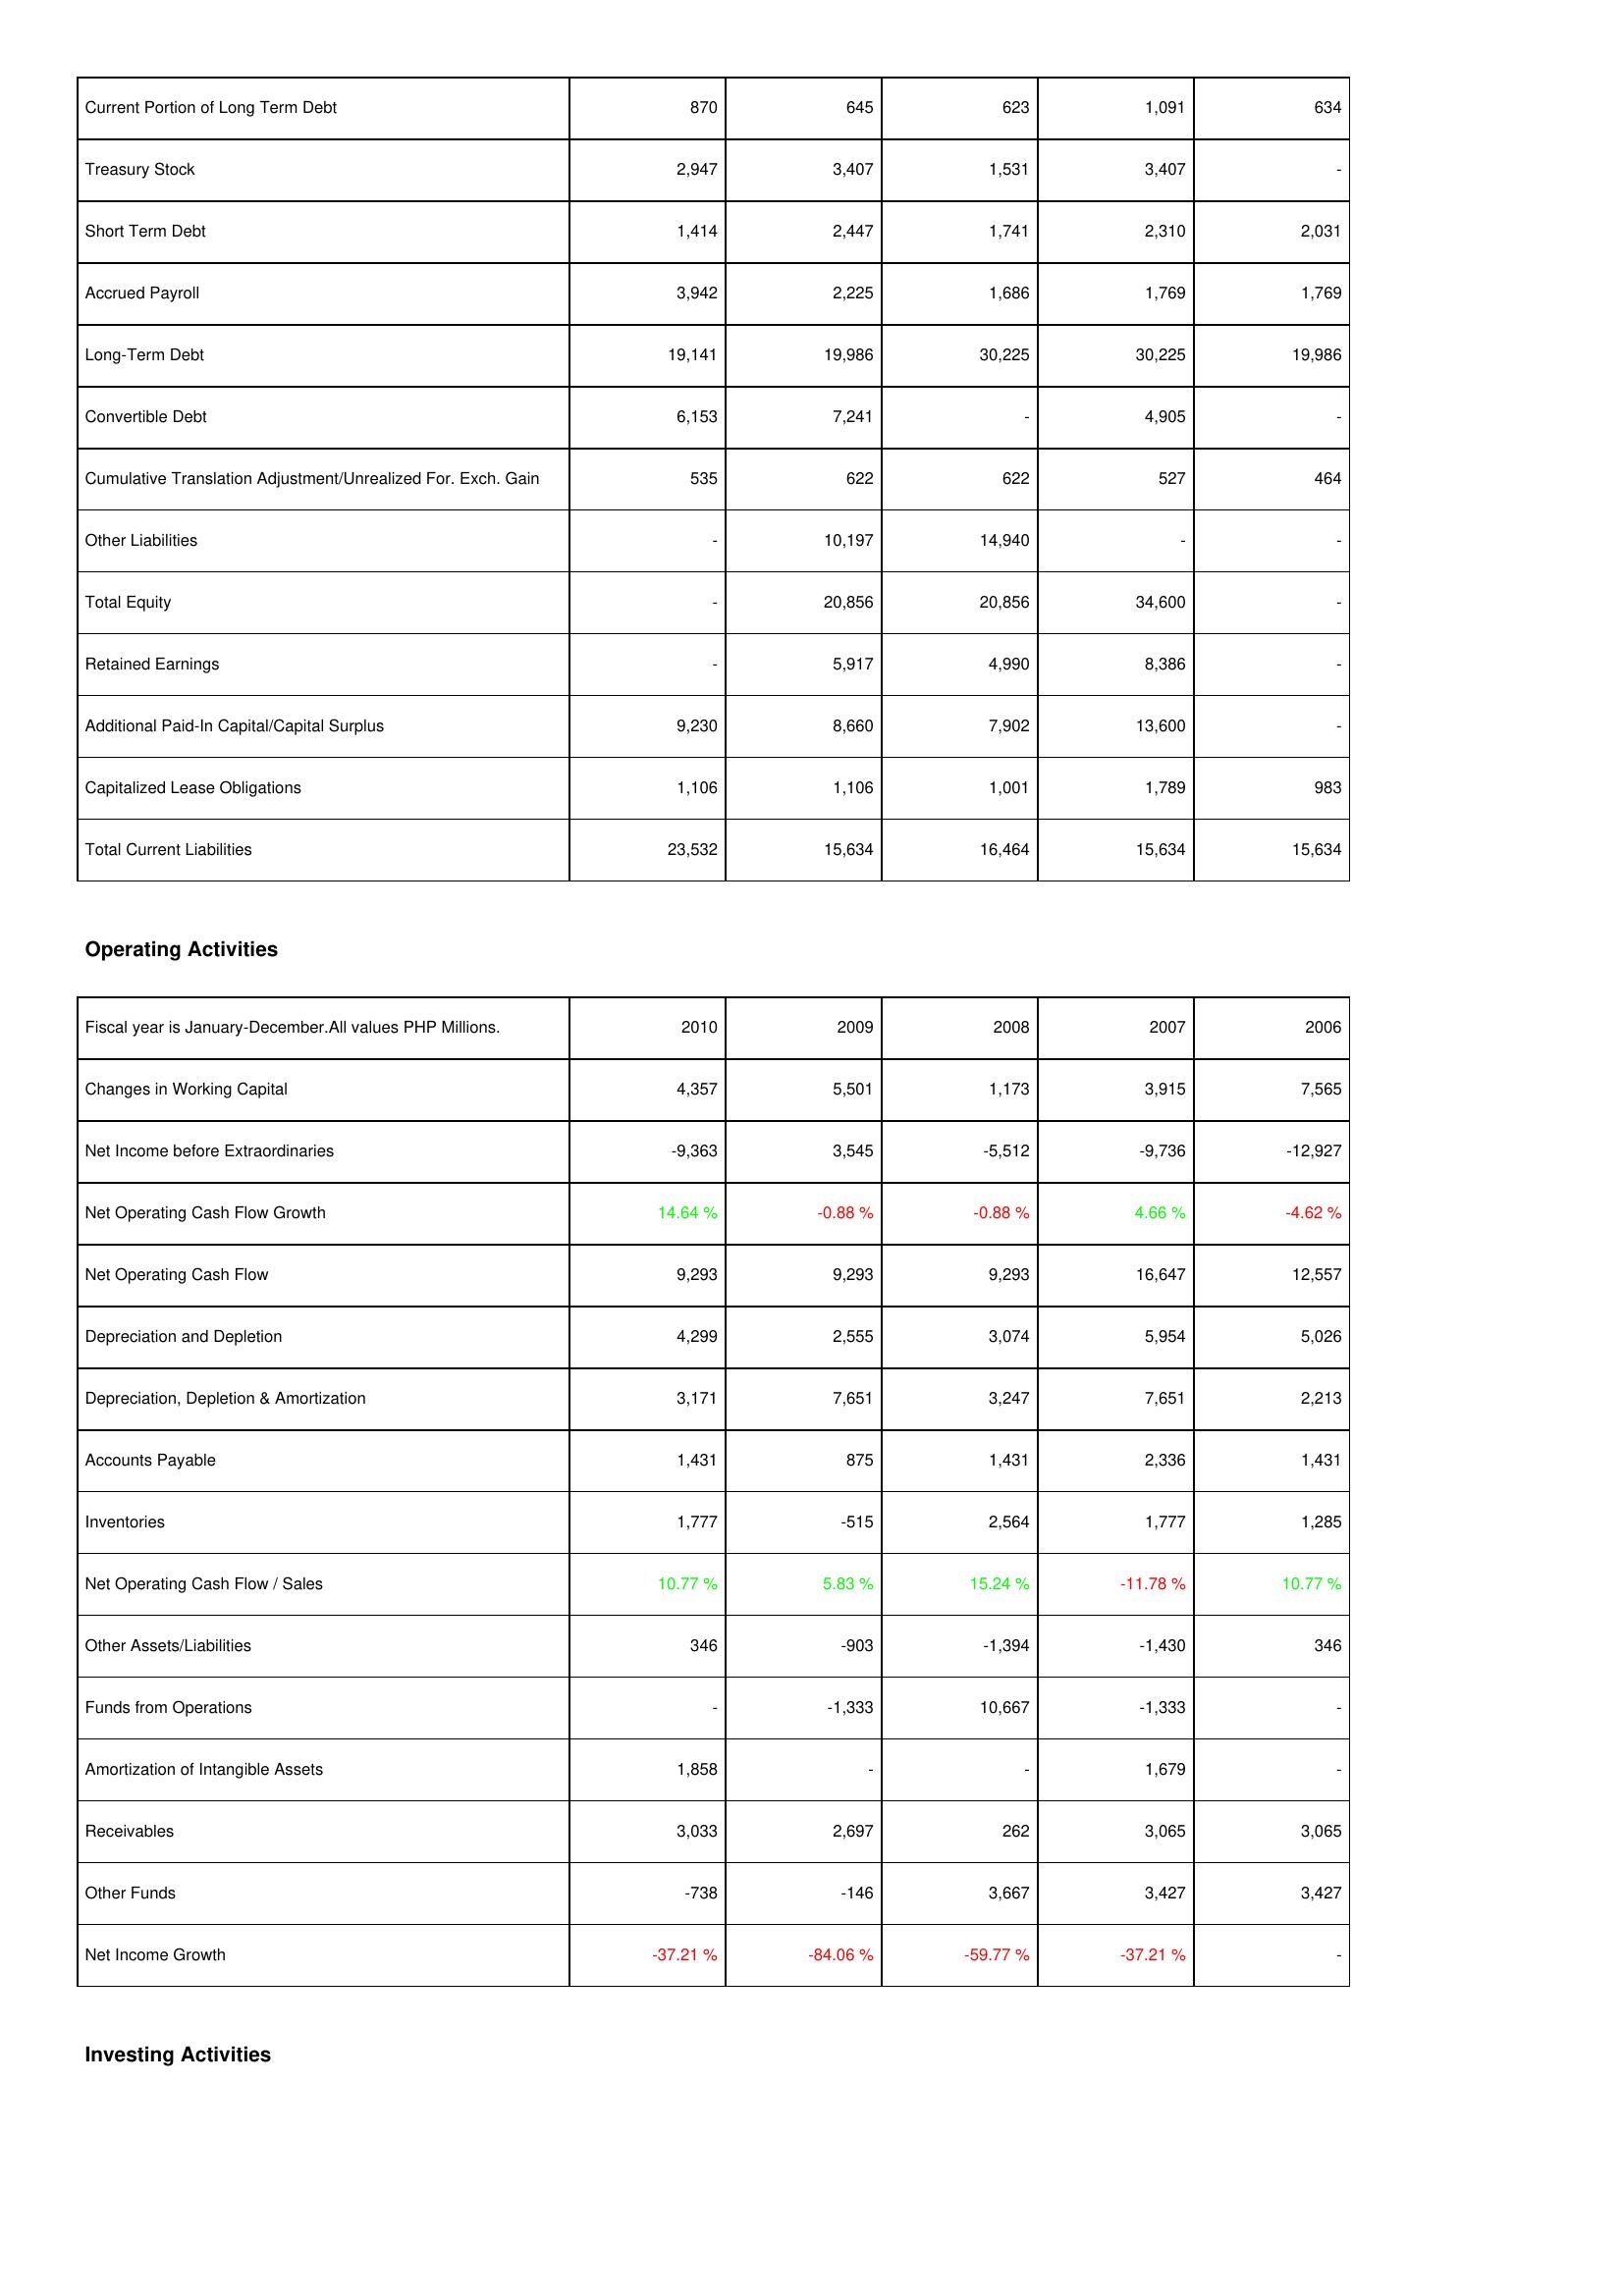
2010: Liabilities & Shareholders' Equity: Current Portion of Long Term Debt: 870
Treasury Stock: 2,947
Short Term Debt: 1,414
Accrued Payroll: 3,942
Long-Term Debt: 19,141
Convertible Debt: 6,153
Cumulative Translation Adjustment/Unrealized For. Exch. Gain: 535
Other Liabilities: -
Total Equity: -
Retained Earnings: -
Additional Paid-In Capital/Capital Surplus: 9,230
Capitalized Lease Obligations: 1,106
Total Current Liabilities: 23,532
Operating Activities: Changes in Working Capital: 4,357
Net Income before Extraordinaries: -9,363
Net Operating Cash Flow Growth: 14.64 %
Net Operating Cash Flow: 9,293
Depreciation and Depletion: 4,299
Depreciation, Depletion & Amortization: 3,171
Accounts Payable: 1,431
Inventories: 1,777
Net Operating Cash Flow / Sales: 10.77 %
Other Assets/Liabilities: 346
Funds from Operations: -
Amortization of Intangible Assets: 1,858
Receivables: 3,033
Other Funds: -738
Net Income Growth: -37.21 %
2009: Liabilities & Shareholders' Equity: Current Portion of Long Term Debt: 645
Treasury Stock: 3,407
Short Term Debt: 2,447
Accrued Payroll: 2,225
Long-Term Debt: 19,986
Convertible Debt: 7,241
Cumulative Translation Adjustment/Unrealized For. Exch. Gain: 622
Other Liabilities: 10,197
Total Equity: 20,856
Retained Earnings: 5,917
Additional Paid-In Capital/Capital Surplus: 8,660
Capitalized Lease Obligations: 1,106
Total Current Liabilities: 15,634
Operating Activities: Changes in Working Capital: 5,501
Net Income before Extraordinaries: 3,545
Net Operating Cash Flow Growth: -0.88 %
Net Operating Cash Flow: 9,293
Depreciation and Depletion: 2,555
Depreciation, Depletion & Amortization: 7,651
Accounts Payable: 875
Inventories: -515
Net Operating Cash Flow / Sales: 5.83 %
Other Assets/Liabilities: -903
Funds from Operations: -1,333
Amortization of Intangible Assets: -
Receivables: 2,697
Other Funds: -146
Net Income Growth: -84.06 %
2008: Liabilities & Shareholders' Equity: Current Portion of Long Term Debt: 623
Treasury Stock: 1,531
Short Term Debt: 1,741
Accrued Payroll: 1,686
Long-Term Debt: 30,225
Convertible Debt: -
Cumulative Translation Adjustment/Unrealized For. Exch. Gain: 622
Other Liabilities: 14,940
Total Equity: 20,856
Retained Earnings: 4,990
Additional Paid-In Capital/Capital Surplus: 7,902
Capitalized Lease Obligations: 1,001
Total Current Liabilities: 16,464
Operating Activities: Changes in Working Capital: 1,173
Net Income before Extraordinaries: -5,512
Net Operating Cash Flow Growth: -0.88 %
Net Operating Cash Flow: 9,293
Depreciation and Depletion: 3,074
Depreciation, Depletion & Amortization: 3,247
Accounts Payable: 1,431
Inventories: 2,564
Net Operating Cash Flow / Sales: 15.24 %
Other Assets/Liabilities: -1,394
Funds from Operations: 10,667
Amortization of Intangible Assets: -
Receivables: 262
Other Funds: 3,667
Net Income Growth: -59.77 %
2007: Liabilities & Shareholders' Equity: Current Portion of Long Term Debt: 1,091
Treasury Stock: 3,407
Short Term Debt: 2,310
Accrued Payroll: 1,769
Long-Term Debt: 30,225
Convertible Debt: 4,905
Cumulative Translation Adjustment/Unrealized For. Exch. Gain: 527
Other Liabilities: -
Total Equity: 34,600
Retained Earnings: 8,386
Additional Paid-In Capital/Capital Surplus: 13,600
Capitalized Lease Obligations: 1,789
Total Current Liabilities: 15,634
Operating Activities: Changes in Working Capital: 3,915
Net Income before Extraordinaries: -9,736
Net Operating Cash Flow Growth: 4.66 %
Net Operating Cash Flow: 16,647
Depreciation and Depletion: 5,954
Depreciation, Depletion & Amortization: 7,651
Accounts Payable: 2,336
Inventories: 1,777
Net Operating Cash Flow / Sales: -11.78 %
Other Assets/Liabilities: -1,430
Funds from Operations: -1,333
Amortization of Intangible Assets: 1,679
Receivables: 3,065
Other Funds: 3,427
Net Income Growth: -37.21 %
2006: Liabilities & Shareholders' Equity: Current Portion of Long Term Debt: 634
Treasury Stock: -
Short Term Debt: 2,031
Accrued Payroll: 1,769
Long-Term Debt: 19,986
Convertible Debt: -
Cumulative Translation Adjustment/Unrealized For. Exch. Gain: 464
Other Liabilities: -
Total Equity: -
Retained Earnings: -
Additional Paid-In Capital/Capital Surplus: -
Capitalized Lease Obligations: 983
Total Current Liabilities: 15,634
Operating Activities: Changes in Working Capital: 7,565
Net Income before Extraordinaries: -12,927
Net Operating Cash Flow Growth: -4.62 %
Net Operating Cash Flow: 12,557
Depreciation and Depletion: 5,026
Depreciation, Depletion & Amortization: 2,213
Accounts Payable: 1,431
Inventories: 1,285
Net Operating Cash Flow / Sales: 10.77 %
Other Assets/Liabilities: 346
Funds from Operations: -
Amortization of Intangible Assets: -
Receivables: 3,065
Other Funds: 3,427
Net Income Growth: -